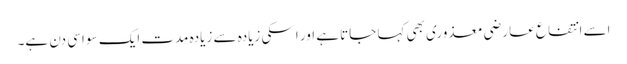
اسے انتفاع عارضی معذوری بھی کہا جاتا ہے اور اسکی زیادہ سے زیادہ مدت ایک سو اسی دن ہے۔